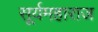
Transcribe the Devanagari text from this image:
सूर्यमहाराज